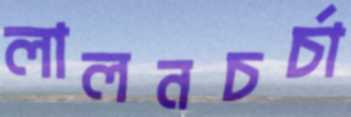
লালনচর্চা